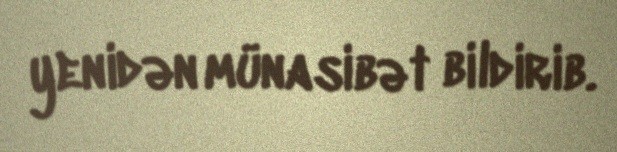
yenidən münasibət bildirib.